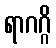
ရာဂဂ္ဂိ